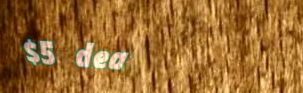
$5 deal